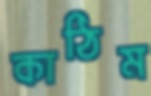
কাঠিম